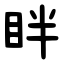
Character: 眫